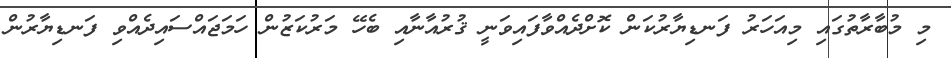
މި މުބާރާތުގައި މިއަހަރު ފަނޑިޔާރުކަން ކޮށްދެއްވާފައިވަނީ ޤުރުއާނާއި ބެހޭ މަރުކަޒުން ހަމަޖައްސައިދެއްވި ފަނޑިޔާރުން